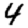
Digit: 4